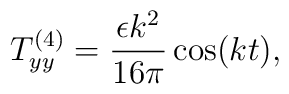
T^{(4)}_{yy}=\frac{\epsilon k^2}{16\pi}\cos(kt) ,